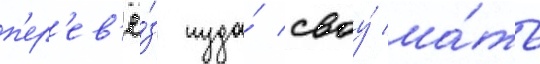
п'ер'ев'ё́з туда́ своу́ ма́ть